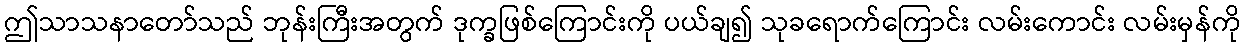
ဤသာသနာတော်သည် ဘုန်းကြီးအတွက် ဒုက္ခဖြစ်ကြောင်းကို ပယ်ချ၍ သုခရောက်ကြောင်း လမ်းကောင်း လမ်းမှန်ကို